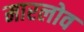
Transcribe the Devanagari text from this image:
मारलोव